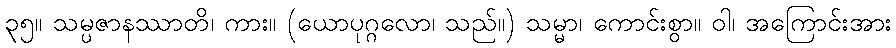
၃၅။ သမ္ပဇာနဿာတိ၊ ကား။ (ယောပုဂ္ဂလော၊ သည်။) သမ္မာ၊ ကောင်းစွာ။ ဝါ၊ အကြောင်းအား